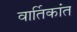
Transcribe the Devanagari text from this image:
वार्तिकांत